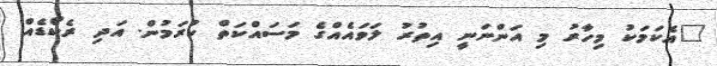
"އެކަމަކު މިހާރު މި އަންނަނީ އިތުރު ލަވައެއްގެ މަސައްކަތް ކުރަމުން. އަދި ރެކޯޑެއް